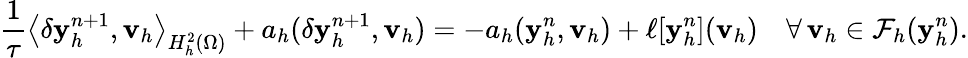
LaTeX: \frac{1}{\tau}\big\langle\delta\mathbf{y}_{h}^{n+1},\mathbf{v}_{h}\big\rangle_{H_{h}^{2}(\Omega)}+a_{h}(\delta\mathbf{y}_{h}^{n+1},\mathbf{v}_{h})=-a_{h}(\mathbf{y}_{h}^{n},\mathbf{v}_{h})+\ell[\mathbf{y}_{h}^{n}](\mathbf{v}_{h})\quad\forall\, \mathbf{v}_{h}\in\mathcal{F}_{h}(\mathbf{y}_{h}^{n}).